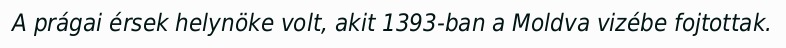
A prágai érsek helynöke volt, akit 1393-ban a Moldva vizébe fojtottak.